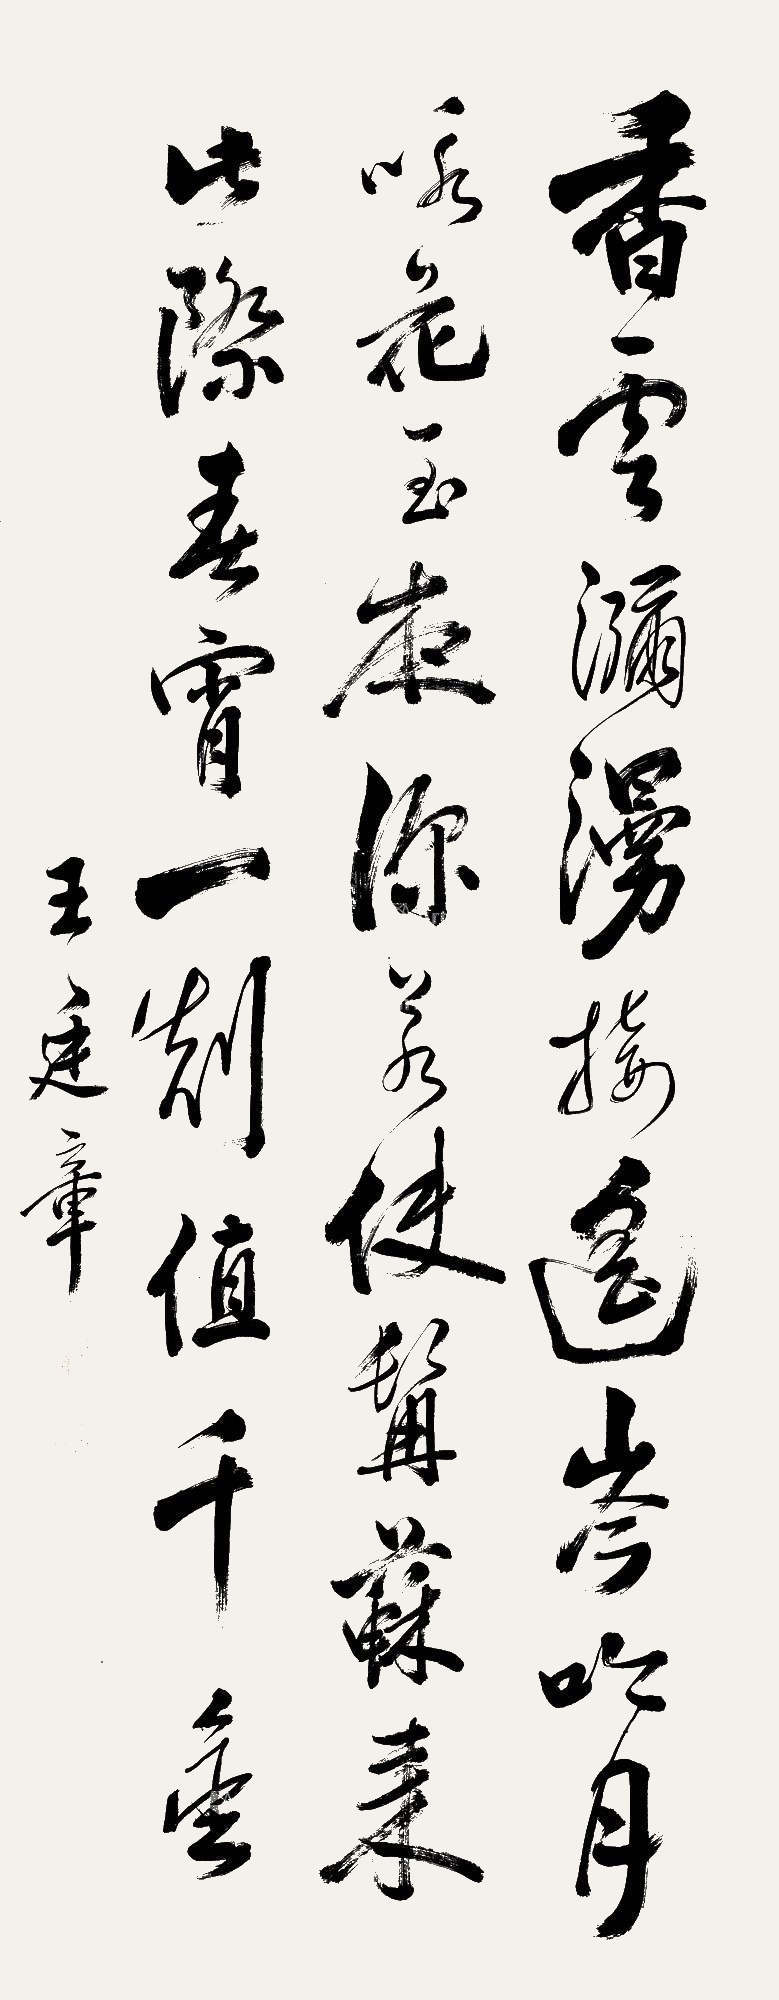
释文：香云弥漫接遥岑吟月咏花王夜深若使髯苏来此际春宵一刻值千金。王廷章